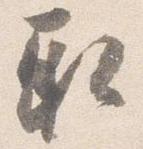
取